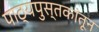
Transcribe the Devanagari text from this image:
पाठ्यपुस्तकांतून